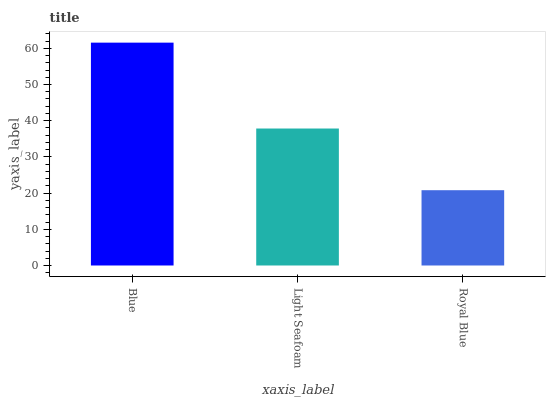
| xaxis_label | bars |
 | --- | --- |
 | Blue | 61.6 |
 | Light Seafoam | 37.8 |
 | Royal Blue | 20.8 |